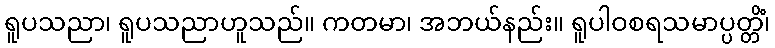
ရူပသညာ၊ ရူပသညာဟူသည်။ ကတမာ၊ အဘယ်နည်း။ ရူပါဝစရသမာပ္ပတ္တိံ၊